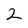
Character: 2